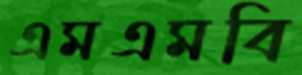
এমএমবি